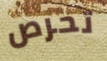
تحرص